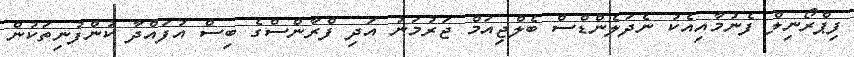
ފިޕްރޯނިލް ފެނުމާއިއެކު ނެދަލެންޑްސް ބެލްޖިއަމް ޖަރުމަނު އަދި ފްރާންސްގެ ބިސް އުފައްދާ ކުންފުނިތަކުން